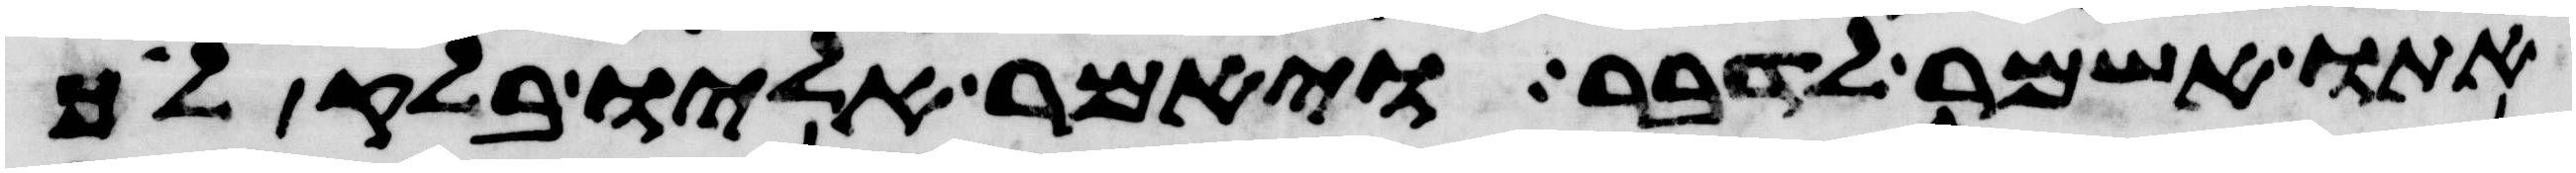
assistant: אתו אשמר לדבר ויאמר אליו בלק לך